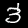
Label: 3